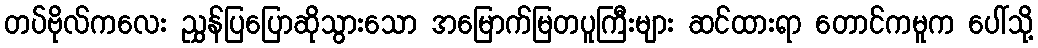
တပ်ဗိုလ်ကလေး ညွှန်ပြပြောဆိုသွားသော အမြောက်မြတပူကြီးများ ဆင်ထားရာ တောင်ကမူက ပေါ်သို့